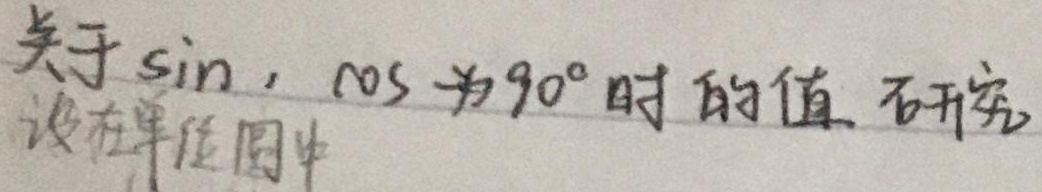
研究关于\(\sin\)、\(\cos\)在\(90^{\circ}\)时的值。设在单位圆中，